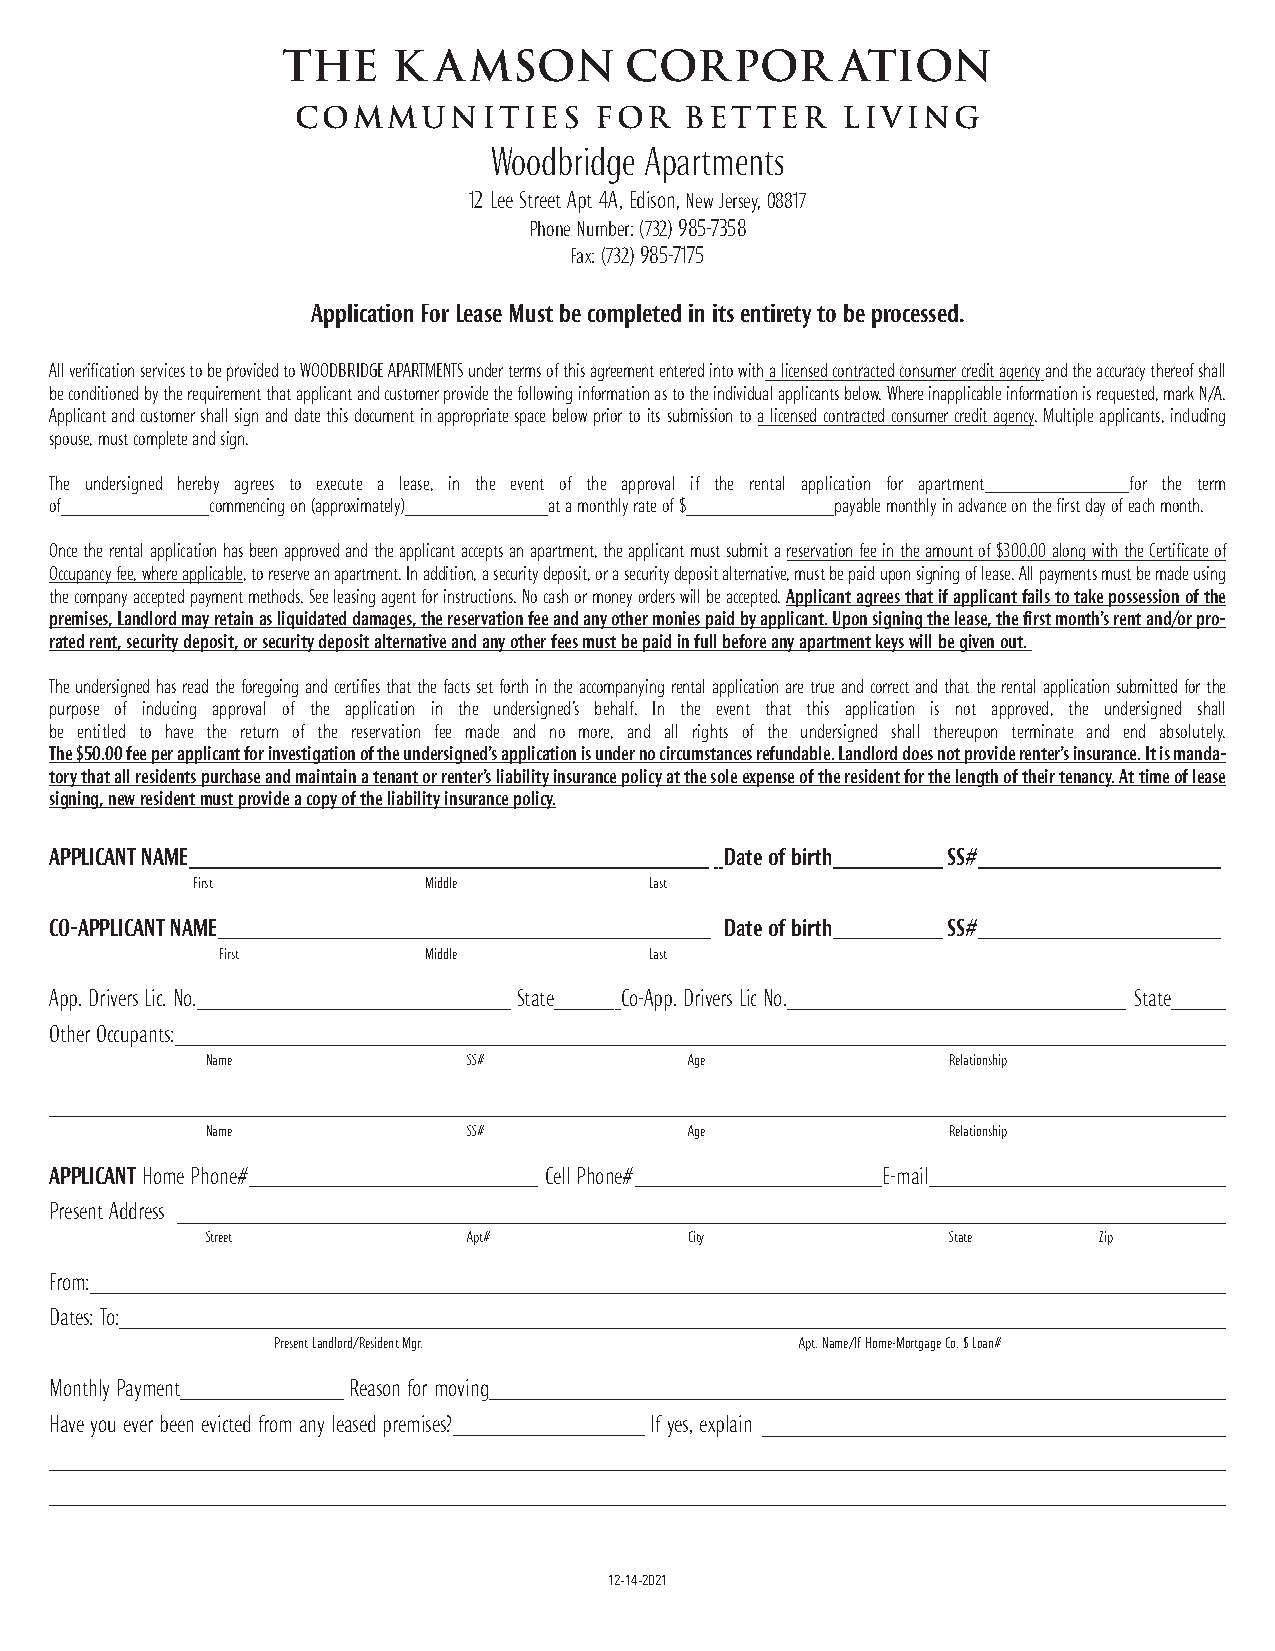
the    K  AMSON       CORPOR         ATION
 COMMUNITIES        FOR   BETTER     LIVING
 Woodbridge Apartments
 12 Lee Street Apt 4A,Edison, New Jersey, 08817
 Phone Number: (732) 985-7358
 Fax: (732) 985-7175
 Application For Lease Must be completed in its entirety to be processed.
 All verification services to be provided to WOODBRIDGE APARTMENTS under terms of this agreement entered into with a licensed contracted consumer credit agency and the accuracy thereof shall
 be conditioned by the requirement that applicant and customer provide the following information as to the individual applicants below. Where inapplicable information is requested, mark N/A.
 Applicant and customer shall sign and date this document in appropriate space below prior to its submission to a licensed contracted consumer credit agency. Multiple applicants, including
 spouse, must complete and sign.
 The undersigned hereby agrees to execute a lease, in the event of the approval if the rental application for apartment for the term
 of         commencing on (approximately) at a monthly rate of $ payable monthly in advance on the first day of each month.
 Once the rental application has been approved and the applicant accepts an apartment, the applicant must submit a reservation fee in the amount of $300.00 along with the Certificate of
 Occupancy fee, where applicable, to reserve an apartment. In addition, a security deposit, or a security deposit alternative, must be paid upon signing of lease. All payments must be made using
 the company accepted payment methods. See leasing agent for instructions. No cash or money orders will be accepted. Applicant agrees that if applicant fails to take possession of the
 premises, Landlord may retain as liquidated damages, the reservation fee and any other monies paid by applicant. Upon signing the lease, the first month’s rent and/or pro-
 rated rent, security deposit, or security deposit alternative and any other fees must be paid in full before any apartment keys will be given out.
 The undersigned has read the foregoing and certifies that the facts set forth in the accompanying rental application are true and correct and that the rental application submitted for the
 purpose of inducing approval of the application in the undersigned’s behalf. In the event that this application is not approved, the undersigned shall
 be entitled to have the return of the reservation fee made and no more, and all rights of the undersigned shall thereupon terminate and end absolutely.
 The $50.00 fee per applicant for investigation of the undersigned’s application is under no circumstances refundable. Landlord does not provide renter’s insurance. It is manda-
 tory that all residents purchase and maintain a tenant or renter’s liability insurance policy at the sole expense of the resident for the length of their tenancy. At time of lease
 signing, new resident must provide a copy of the liability insurance policy.
 APPLICANT NAME                               Date of birth  SS#
 First          Middle         Last
 CO-APPLICANT NAME                            Date of birth  SS#
 First        Middle         Last
 App. Drivers Lic. No.          State  Co-App. Drivers Lic No.           State
 Other Occupants:
 Name             SS#            Age              Relationship
 Name             SS#            Age              Relationship
 APPLICANT Home Phone#            Cell Phone#           E-mail
 Present Address
 Street           Apt#           City             State     Zip
 From:
 Dates: To:
 Present Landlord/Resident Mgr.     Apt. Name/If Home-Mortgage Co. $ Loan#
 Monthly Payment     Reason for moving
 Have you ever been evicted from any leased premises? If yes, explain
 12-14-2021